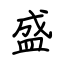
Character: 盛